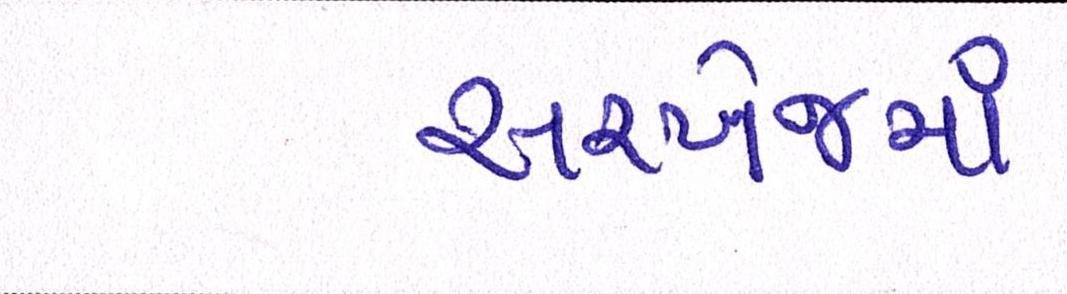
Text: સરખેજમાં